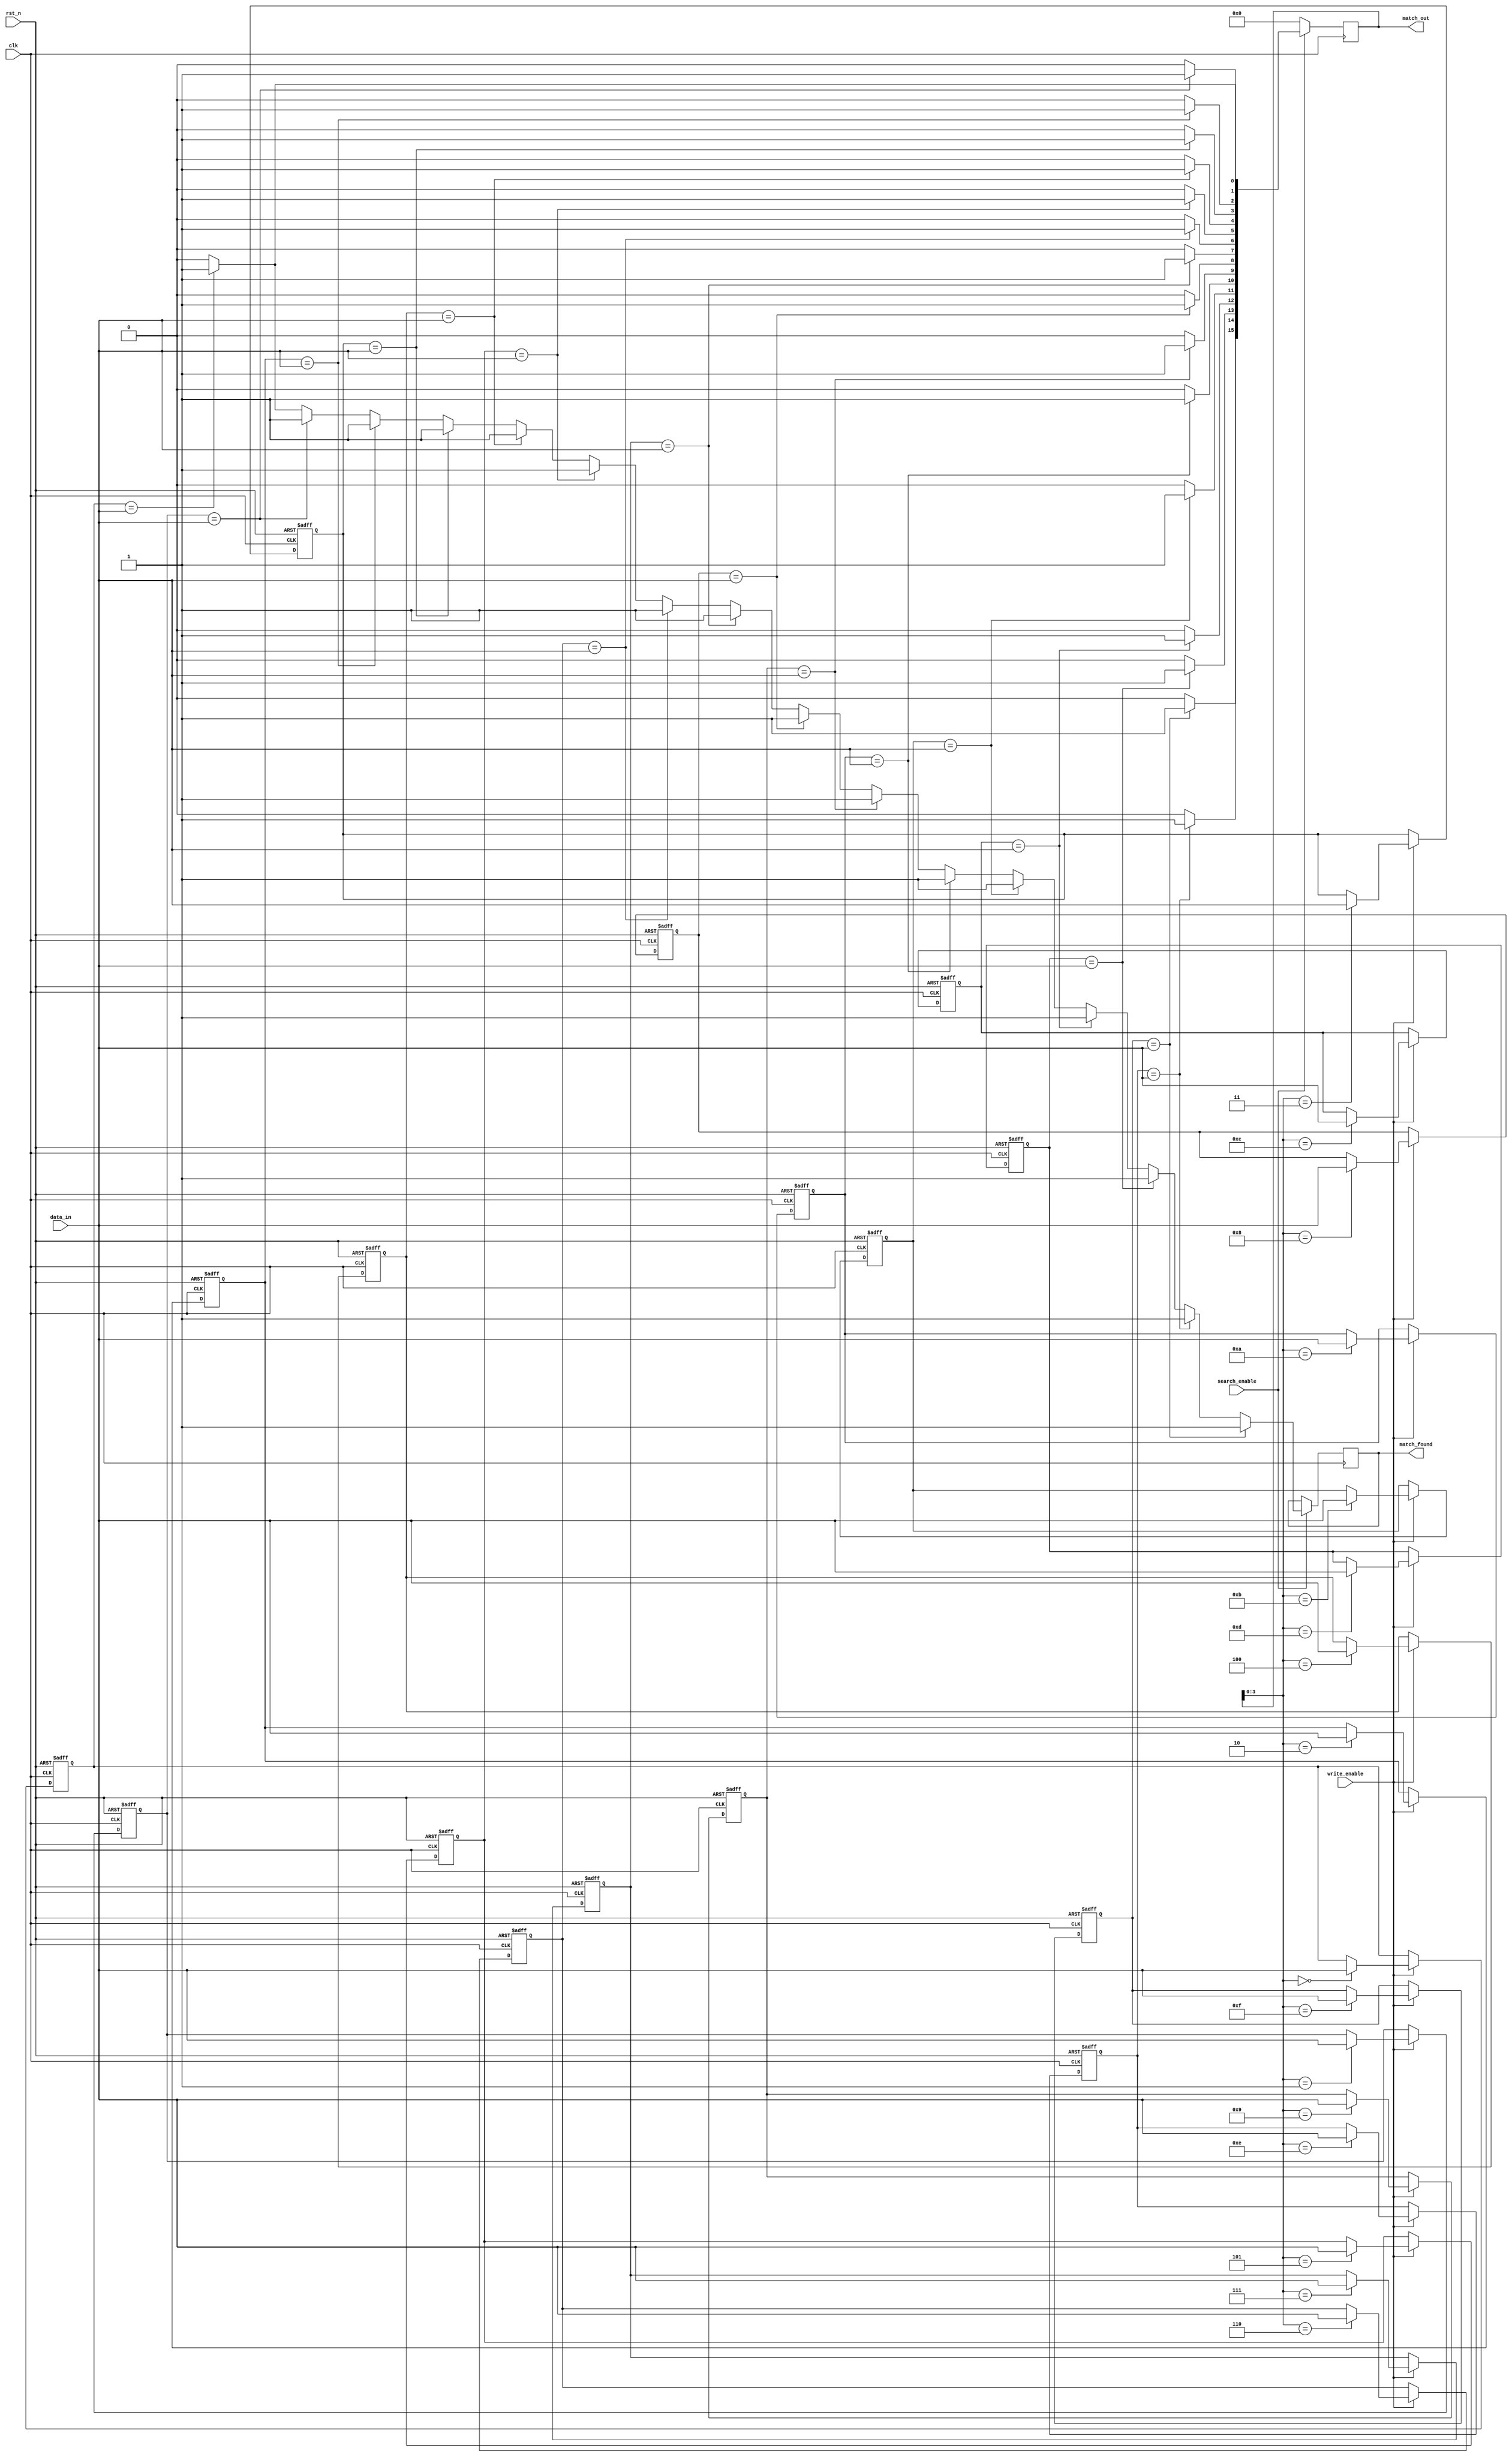
module energy_efficient_cam #(
    parameter WORD_LENGTH = 8,  // Length of each word
    parameter DEPTH = 16        // Number of entries in CAM
)(
    input wire clk,             // Clock signal
    input wire rst_n,           // Active low reset
    input wire [WORD_LENGTH-1:0] data_in, // Data input for write/search
    input wire write_enable,     // Write enable signal
    input wire search_enable,     // Search enable signal
    output reg [DEPTH-1:0] match_out, // Match output (one-hot encoded)
    output reg match_found       // Match found signal
);

    // Memory array to store CAM entries
    reg [WORD_LENGTH-1:0] cam_array [0:DEPTH-1];

    // Internal signals
    reg [DEPTH-1:0] match_line; // Match line for comparison
    integer i;

    // Write operation
    always @(posedge clk or negedge rst_n) begin
        if (!rst_n) begin
            // Reset CAM entries
            for (i = 0; i < DEPTH; i = i + 1) begin
                cam_array[i] <= {WORD_LENGTH{1'b0}};
            end
        end else if (write_enable) begin
            // Write data into CAM
            cam_array[match_out] <= data_in; // Assuming match_out holds the index
        end
    end

    // Search operation
    always @(posedge clk) begin
        if (search_enable) begin
            match_found = 1'b0; // Reset match found signal
            match_line = {DEPTH{1'b0}}; // Clear match line
            for (i = 0; i < DEPTH; i = i + 1) begin
                // Compare input data with CAM entries
                if (cam_array[i] == data_in) begin
                    match_line[i] = 1'b1; // Set match line if match found
                    match_found = 1'b1; // Indicate that a match was found
                end
            end
            match_out = match_line; // Output the match line
        end else begin
            match_out = {DEPTH{1'b0}}; // Clear match output if not searching
        end
    end

endmodule